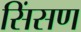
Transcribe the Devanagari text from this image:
सिंसण